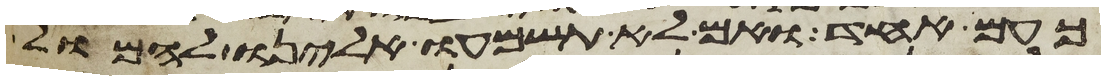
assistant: כעם אחד ואם לא תשמעו אלינו להמול